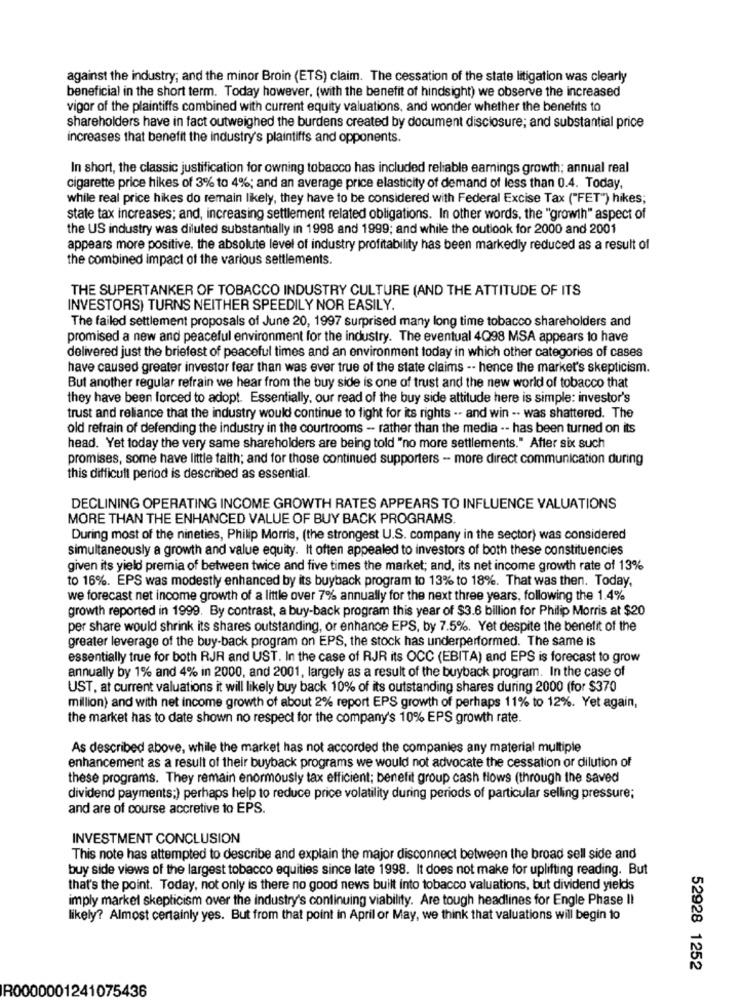
against the industry; and the minor Broin (ETS) claim. The cessation of the state litigation was clearly
beneficial in the short term. Today however, (with the benefit of hindsight) we observe the increased
vigor of the plaintiffs combined with current equity valuations, and wonder whether the benefits to
shareholders have in fact outweighed the burdens created by document disclosure; and substantial price
increases that benefit the industry's plaintiffs and opponents.
In short, the classic justification for owning tobacco has included reliable earnings growth; annual real
cigarette price hikes of 3% to 4%; and an average price elasticity of demand of less than 0.4. Today,
while real price hikes do remain likely, they have to be considered with Federal Excise Tax ("FET") hikes;
state tax increases; and, increasing settlement related obligations. In other words, the "growth" aspect of
the US industry was diluted substantially in 1998 and 1999; and while the outlook for 2000 and 2001
appears more positive, the absolute level of industry profitability has been markedly reduced as a result of
the combined impact of the various settlements.
THE SUPERTANKER OF TOBACCO INDUSTRY CULTURE (AND THE ATTITUDE OF ITS
INVESTORS) TURNS NEITHER SPEEDILY NOR EASILY.
The failed settlement proposals of June 20, 1997 surprised many long time tobacco shareholders and
promised a new and peaceful environment for the industry. The eventual 4Q98 MSA appears to have
delivered just the briefest of peaceful times and an environment today in which other categories of cases
have caused greater investor fear than was ever true of the state claims -- hence the market's skepticism.
But another regular refrain we hear from the buy side is one of trust and the new world of tobacco that
they have been forced to adopt. Essentially, our read of the buy side attitude here is simple: investor's
trust and reliance that the industry would continue to fight for its rights -- and win -. was shattered. The
old refrain of defending the industry in the courtrooms - rather than the media -- has been turned on its
head. Yet today the very same shareholders are being told "no more settlements." After six such
promises, some have little faith; and for those continued supporters - more direct communication during
this difficult period is described as essential.
DECLINING OPERATING INCOME GROWTH RATES APPEARS TO INFLUENCE VALUATIONS
MORE THAN THE ENHANCED VALUE OF BUY BACK PROGRAMS.
During most of the nineties, Philip Morris, (the strongest U.S. company in the sector) was considered
simultaneously a growth and value equity. It often appealed to investors of both these constituencies
given its yield premia of between twice and five times the market; and, its net income growth rate of 13%
to 16%. EPS was modestly enhanced by its buyback program to 13% to 18%. That was then. Today,
we forecast net income growth of a little over 7% annually for the next three years, following the 1.4%
growth reported in 1999. By contrast, a buy-back program this year of $3.6 billion for Philip Morris at $20
per share would shrink its shares outstanding, or enhance EPS, by 7.5%. Yet despite the benefit of the
greater leverage of the buy-back program on EPS, the stock has underperformed. The same is
essentially true for both RJR and UST. In the case of RJR its OCC (EBITA) and EPS is forecast to grow
annually by 1% and 4% in 2000, and 2001, largely as a result of the buyback program. In the case of
UST, at current valuations it will likely buy back 10% of its outstanding shares during 2000 (for $370
million) and with net income growth of about 2% report EPS growth of perhaps 11% to 12%. Yet again,
the market has to date shown no respect for the company's 10% EPS growth rate.
As described above, while the market has not accorded the companies any material multiple
enhancement as a result of their buyback programs we would not advocate the cessation or dilution of
these programs. They remain enormously tax efficient; benefit group cash flows (through the saved
dividend payments;) perhaps help to reduce price volatility during periods of particular selling pressure;
and are of course accretive to EPS.
INVESTMENT CONCLUSION
This note has attempted to describe and explain the major disconnect between the broad sell side and
buy side views of the largest tobacco equities since late 1998. It does not make for uplifting reading. But
that's the point. Today, not only is there no good news built into tobacco valuations, but dividend yields
imply markel skepticism over the industry's continuing viability. Are tough headlines for Engle Phase II
likely? Almost certainly yes. But from that point in April or May, we think that valuations will begin to
52928 1252
R0000001241075436